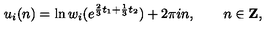
u _ { i } ( n ) = \ln w _ { i } ( e ^ { \frac { 2 } { 3 } t _ { 1 } + \frac { 1 } { 3 } t _ { 2 } } ) + 2 \pi i n , \qquad n \in { \bf Z } ,